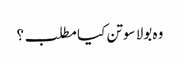
وہ بولا سوتن کیا مطلب؟